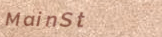
MainSt